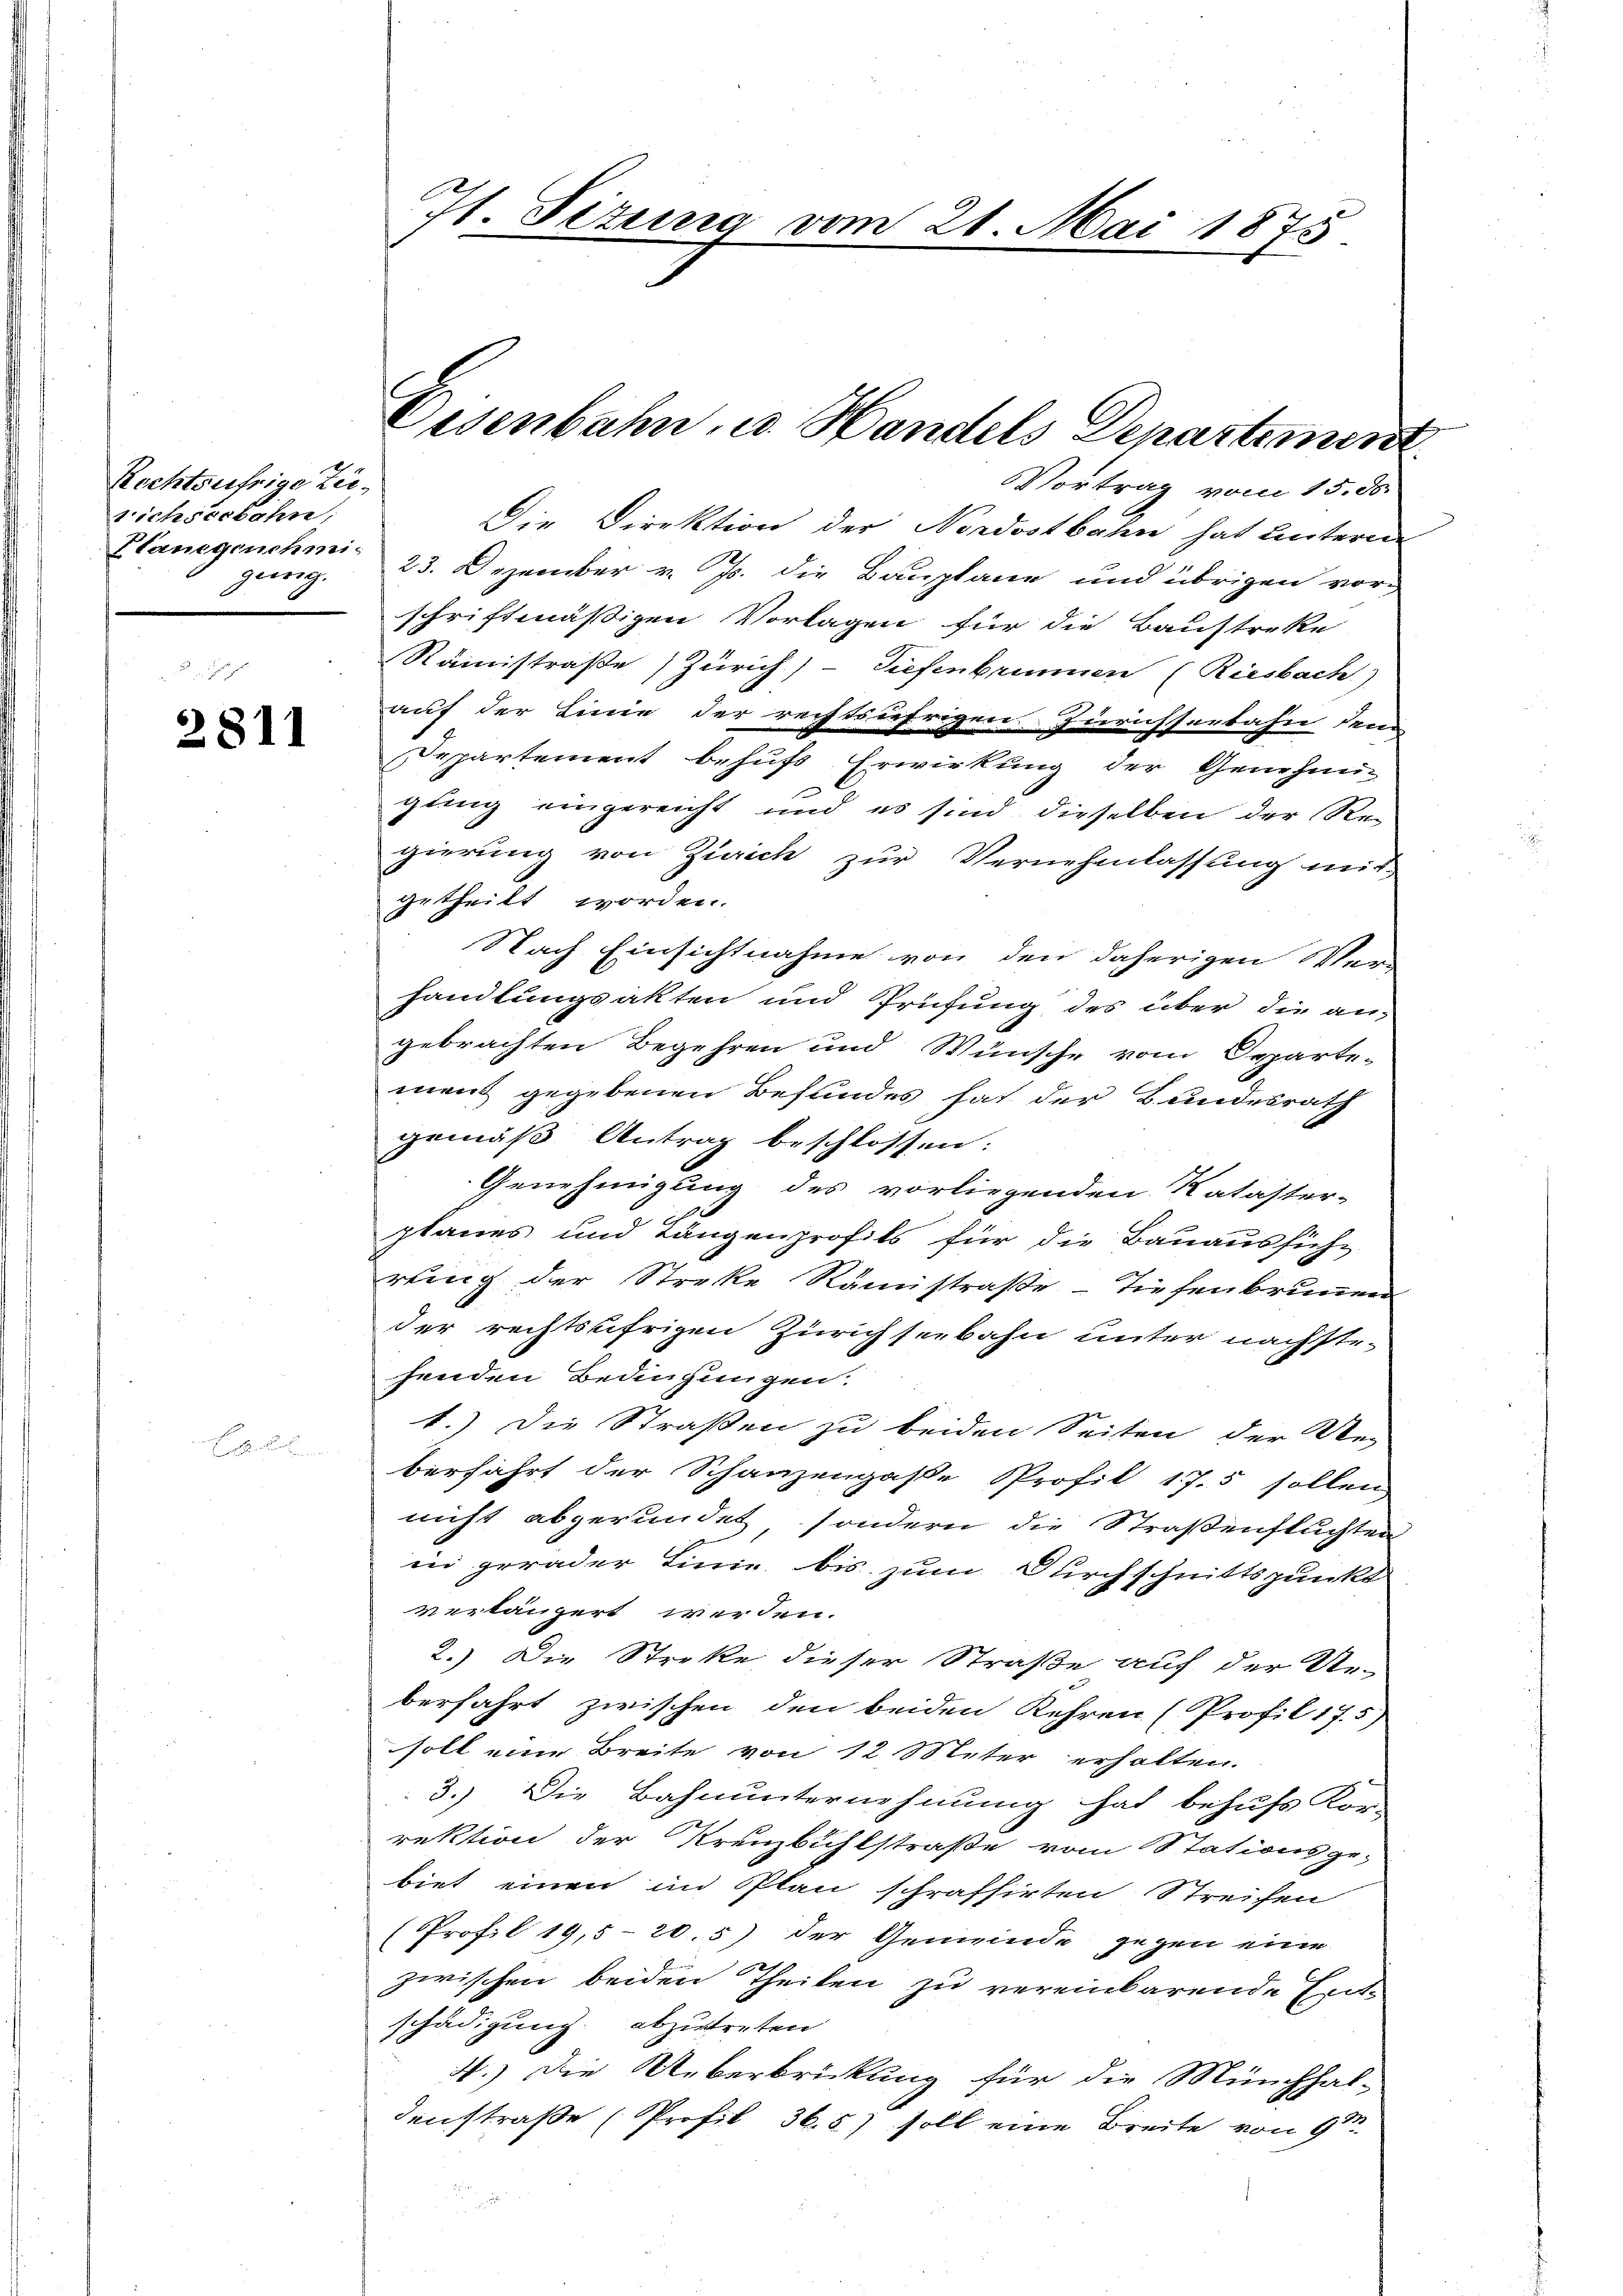
Rechtsufrige Zeirichseebahn,
Planegenehmi
gung.

2811

Jt. Sizung vom 21. Mai 1875

Vortrag vom 15. ds.
Die Direktion der Nordostbahn hat unterne
23. Dezember v. Js. die Bauplane und übrigen vor-
schriftmässigen Vorlagen für die Baustreke
Räinistraße Zürich) Tiefenbrunnen (Riesbach)
auf der Linie der rechtsäfrigen Zürichserbahn den
Departement behufs Erwirkung der Genehmi-
gung eingereicht und es sind dieselben der Regierung von Zürich zur Vernehmlassung mit
getheilt worden.
Nach Einsichtnahme von den daherigen Ver-
handlungsakten und Prüfung des über die an-
gebrachten Begehren und Wünsche vom Departe-
ment gegebenen Befundes hat der Bundesrath
gemäß Antrag beschlossen:
Genehmigung des vorliegenden Kataster-
planes und Längenprofils für die Bauaussiche
rung der Streke Rämistraße - Tiefenbrunnen
der rechtsufrigen Zürichseebahn unter nächste-
henden Bedingungen.
1.) Die Straßen zu beiden Seiten der Ver
berfährt der Schanzengaße Profil 175 sollen
nicht abgerundet, sondern die Straßenstuchten
in gerader Linie bis zum Durchschnittspunkt
verlängert werden.
2.) Die Streke dieser Straße auf der Ue-
berfahrt zwischen den beiden Kehren (Profil 175)
soll eine Breite von 12 Meter erhalten.
3.) Die Bahnunternehmung hat behufs Kor-
rektion der Kreuzbühlstraße vom Stationsge-
biet einen im Plan schraffirten Streifen
(Profil 19,5-20.5) der Gemeinde gegen eine
2
zwischen beiden Theilen zu vereinbarende Ent-
schädigung abzutreten
4.) Die Ueberbrickung für die Münchhal-
denstraße (Profil 36.5) soll eine Breite von 9

Eisenbahn u. Handels Departement